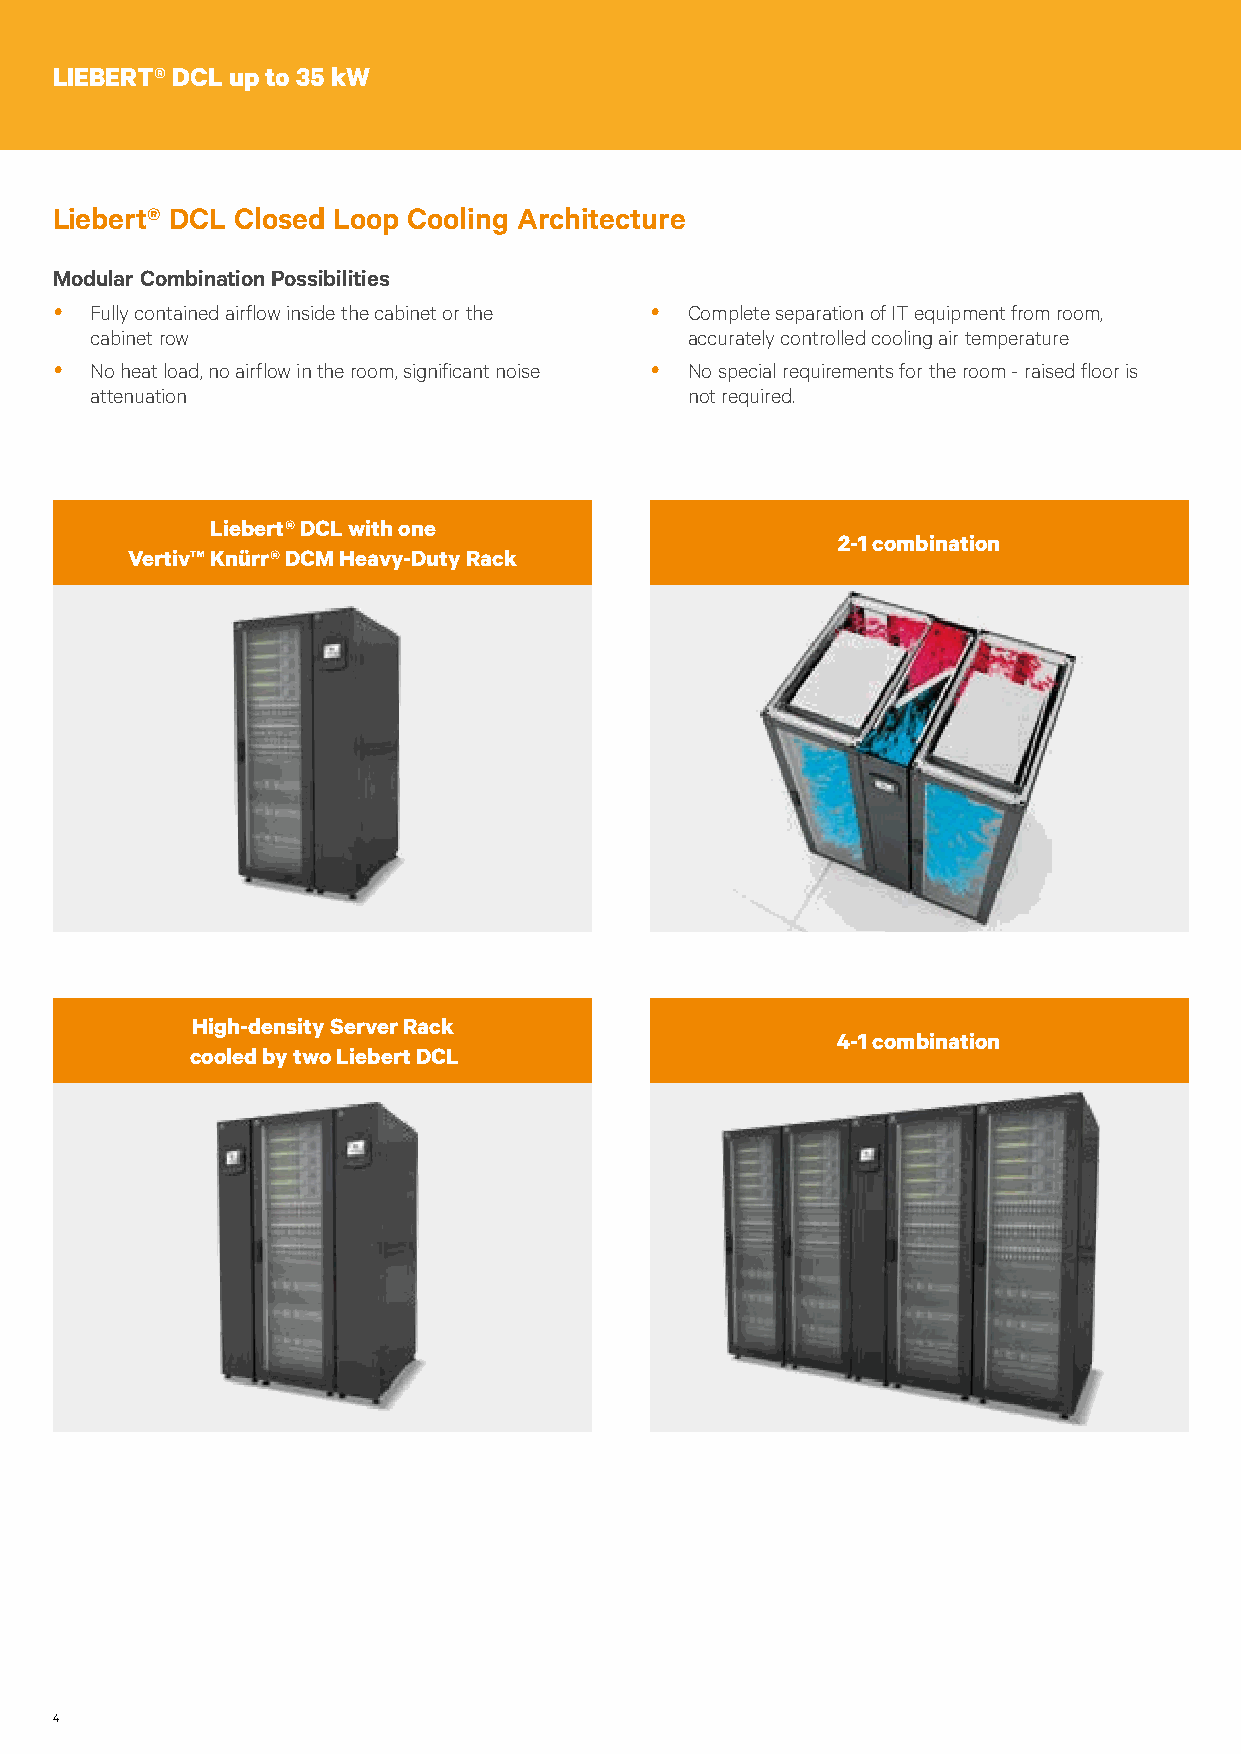
LIEBERT® DCL up to 35 kW
 Liebert® DCL Closed Loop Cooling Architecture
 Modular Combination Possibilities
 yyFully contained airflow inside the cabinet or the yyComplete separation of IT equipment from room,
 cabinet row                             accurately controlled cooling air temperature
 yyNo heat load, no airflow in the room, significant noise yyNo special requirements for the room - raised floor is
 attenuation                            not required.
 Liebert® DCL with one
 2-1 combination
 Vertiv™ Knürr® DCM Heavy-Duty Rack
 High-density Server Rack
 4-1 combination
 cooled by two Liebert DCL
 4